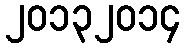
၂၀၁၃၂၀၁၄